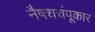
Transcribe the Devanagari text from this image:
नैषधचंपूकार